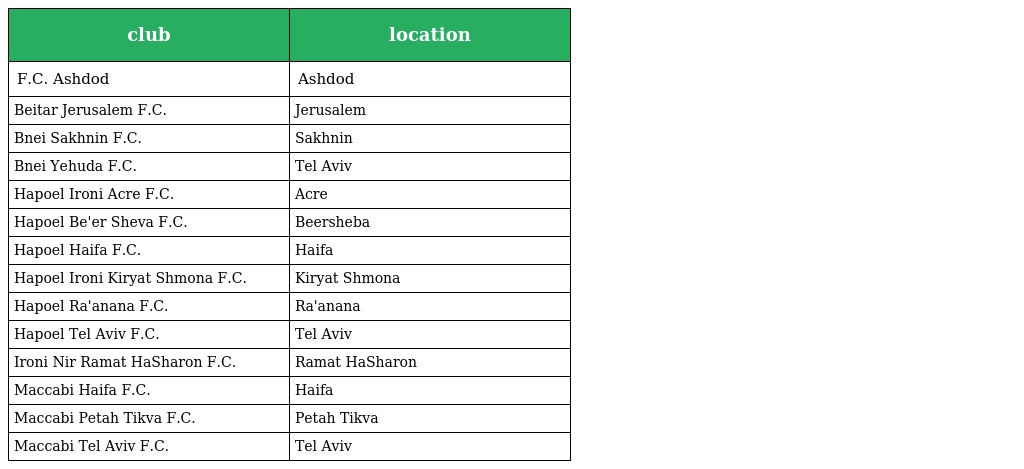
| club | location |
 | --- | --- |
 | F.C. Ashdod | Ashdod |
 | Beitar Jerusalem F.C. | Jerusalem |
 | Bnei Sakhnin F.C. | Sakhnin |
 | Bnei Yehuda F.C. | Tel Aviv |
 | Hapoel Ironi Acre F.C. | Acre |
 | Hapoel Be'er Sheva F.C. | Beersheba |
 | Hapoel Haifa F.C. | Haifa |
 | Hapoel Ironi Kiryat Shmona F.C. | Kiryat Shmona |
 | Hapoel Ra'anana F.C. | Ra'anana |
 | Hapoel Tel Aviv F.C. | Tel Aviv |
 | Ironi Nir Ramat HaSharon F.C. | Ramat HaSharon |
 | Maccabi Haifa F.C. | Haifa |
 | Maccabi Petah Tikva F.C. | Petah Tikva |
 | Maccabi Tel Aviv F.C. | Tel Aviv |